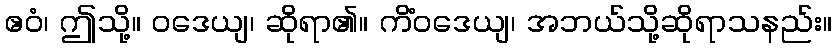
ဧဝံ၊ ဤသို့။ ဝဒေယျ၊ ဆိုရာ၏။ ကိံဝဒေယျ၊ အဘယ်သို့ဆိုရာသနည်း။